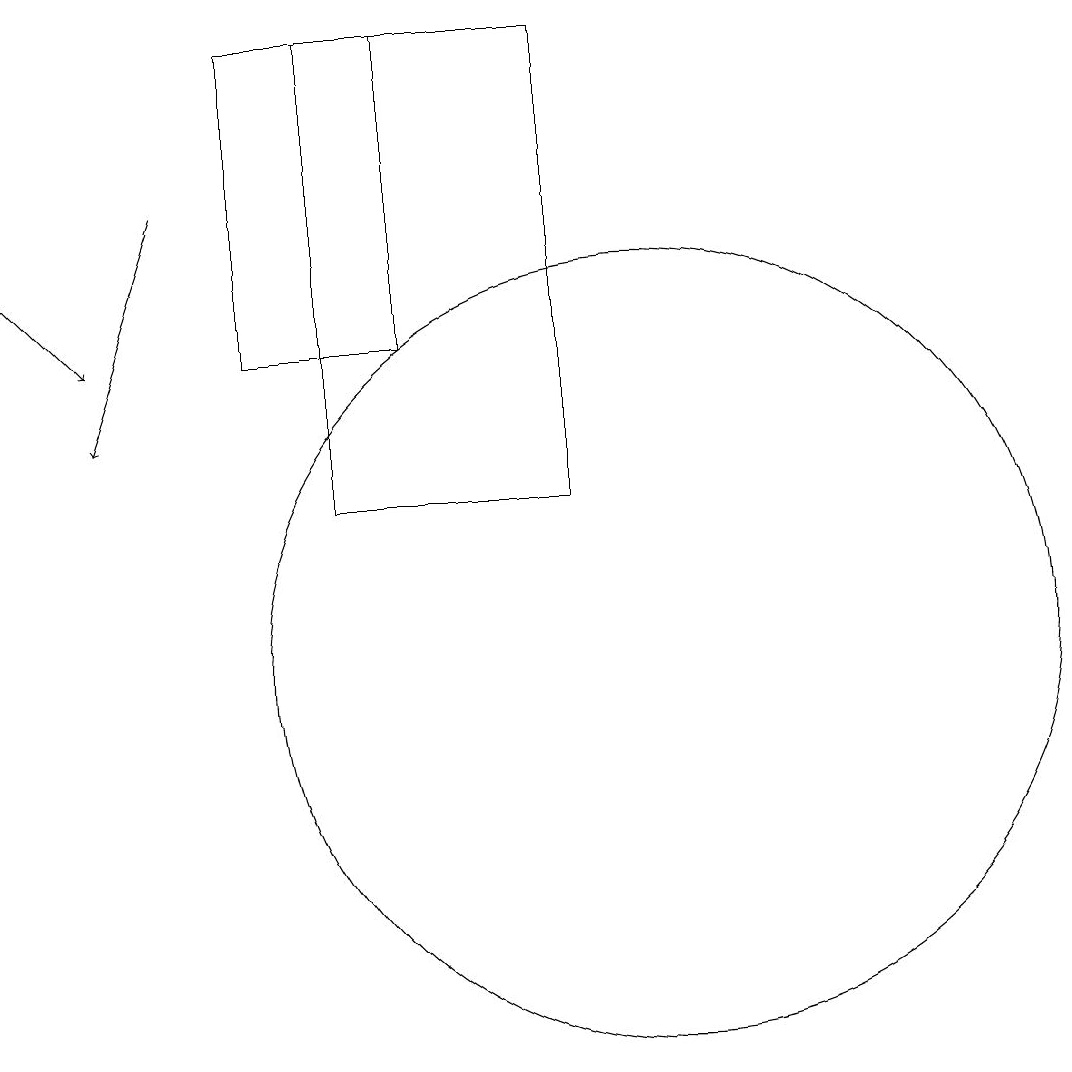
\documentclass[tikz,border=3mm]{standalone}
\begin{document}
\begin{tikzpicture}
\draw[->] (2,15) -- (3,14);
\draw (10,10) circle (5);
\draw (9,12) rectangle (6,18);
\draw[->] (4,16) -- (3,13);
\draw (5,14) rectangle (7,18);
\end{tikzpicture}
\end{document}